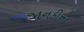
જાનકીના